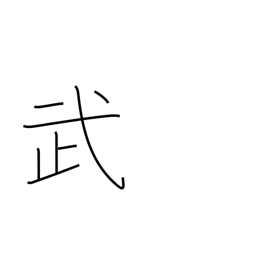
Meaning: military